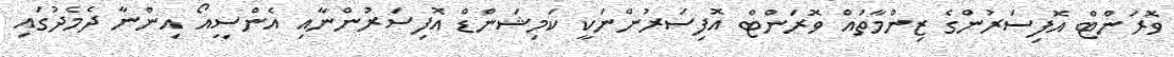
ވޮރަންޓް އޮފިސަރުންގެ ޒިންމާތައް ވޮރަންޓް އޮފިސަރުންނަކީ ކަމިޝަންޑް އޮފިސަރުންނާއި އެންސީއޯ އިންނާ ދެމެދުގައި